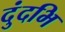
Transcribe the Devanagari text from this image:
दुंदभि